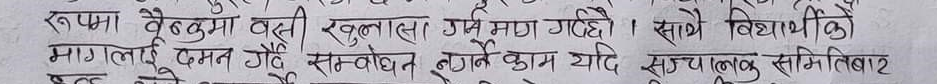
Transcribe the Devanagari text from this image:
रन्फमा वैकुमा बत्ती खुलासा गर्ने माग गर्दछ ।
मागलई दमन गर्दै सम्बोधन गर्ने काम यदि सुचालक समितिबाट